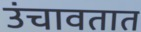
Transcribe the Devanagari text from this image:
उंचावतात